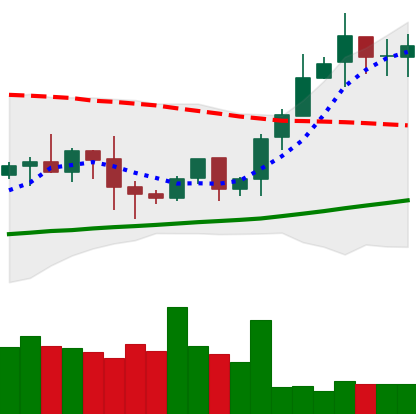
Ticker: BTC-USD
Chart end date: 2020-10-15
Forward return: 3.662%
Label: up_3_5